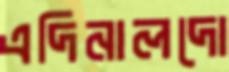
এদিনালদো